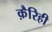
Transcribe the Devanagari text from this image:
क़ैरिही